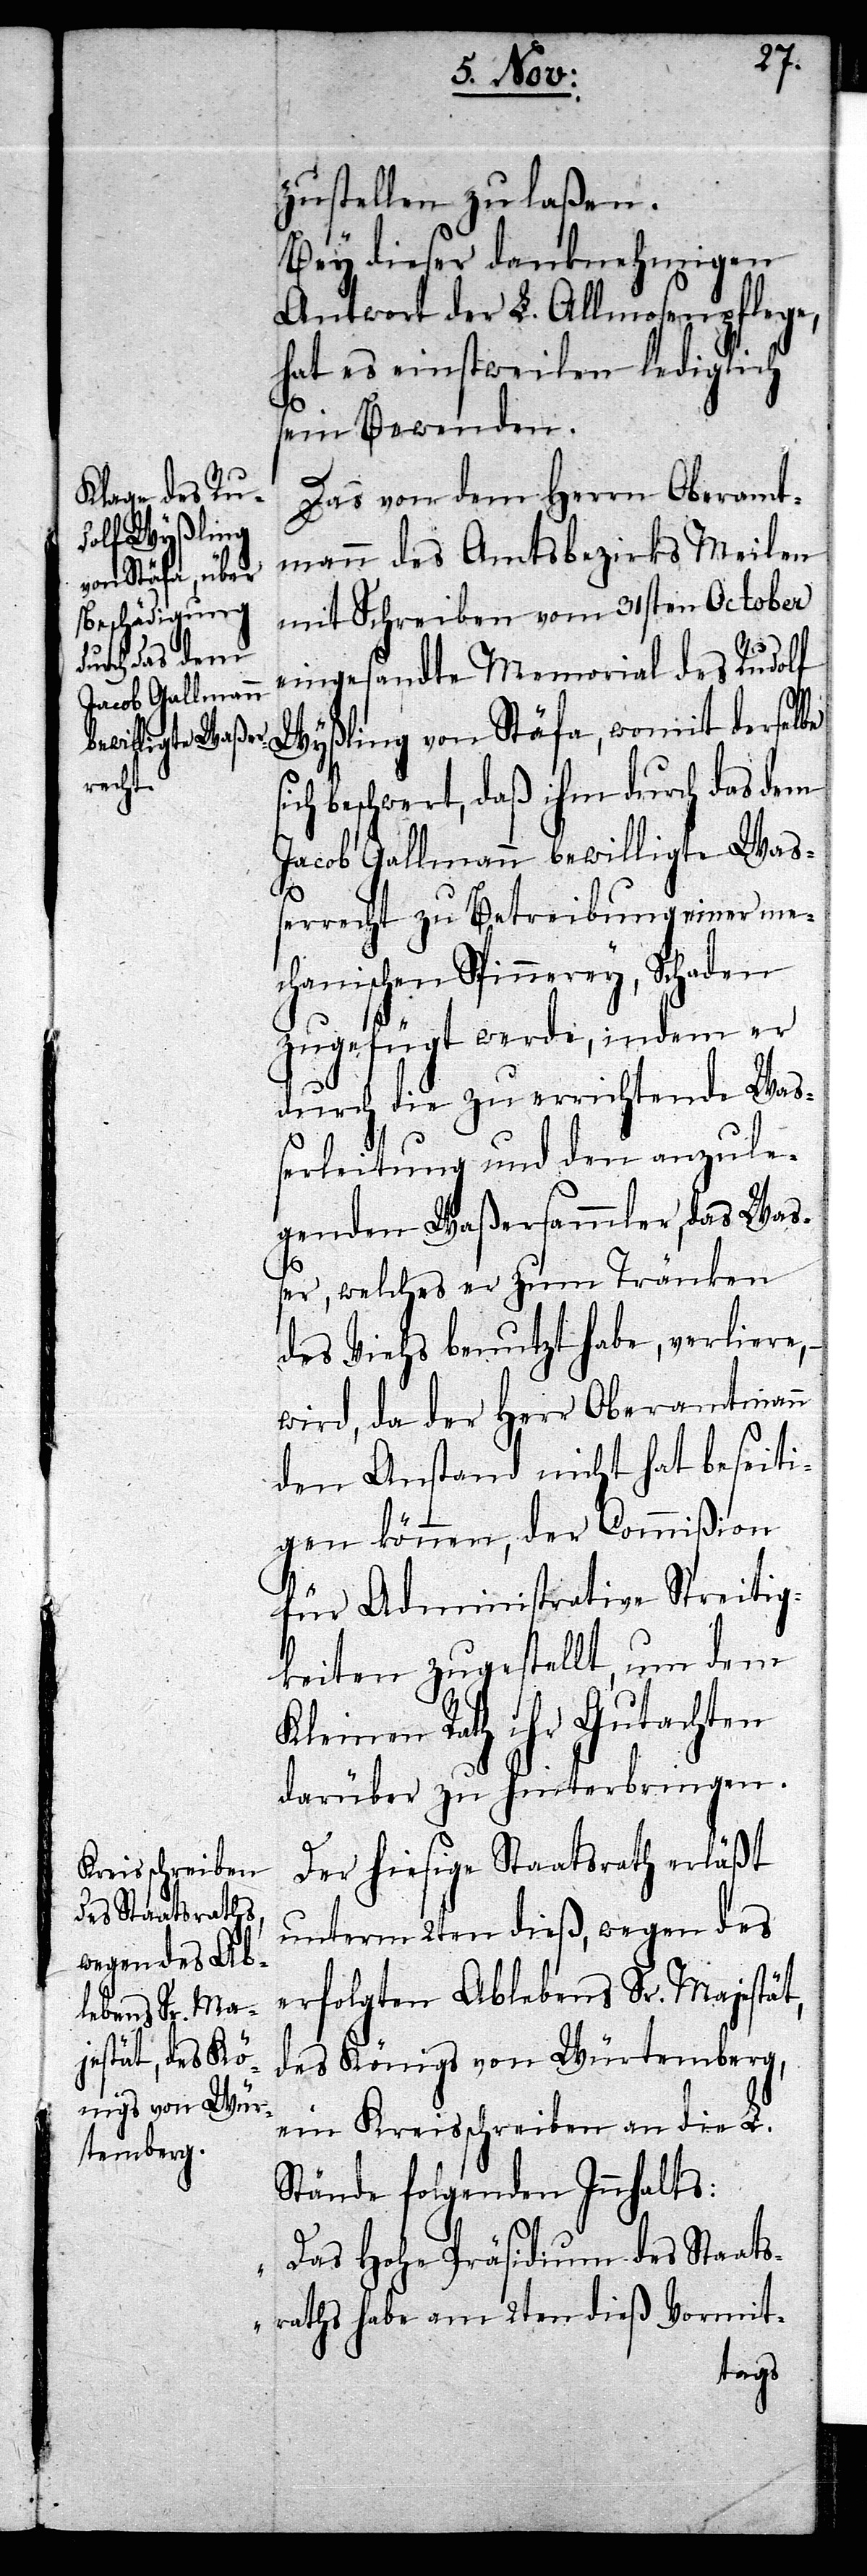
zustellen zu laßen.
Bey dieser danknehmigen
Antwort der L. Allmosenpflege,
hat es einstweilen lediglich
sein Bewenden.
Das von dem Herrn Oberamt¬
mann des Amtsbezirks Meilen
mit Schreiben vom 31sten October
si¬
eingesandte Memorial des Rudolf
Wyßling von Stäfa, womit derselbe
ch beschwert, daß ihm durch das dem
Jacob Gallmann bewilligte Waß¬
errecht zu Betreibung einer me¬
chanischen Spinnerey, Schaden
zugefügt werde, indem er
durch die zu errichtende Wa¬
ßerleitung und den anzule¬
genden Waßersammler, das Waß¬
er, welches er zum Tränken
des Viehs benutzt habe, verliere, –
wird, da der Herr Oberamtmann
den Anstand nicht hat beseiti¬
gen können, der Commißion
für Administrative Streitig¬
keiten zugestellt, um dem
Kleinen Rath ihr Gutachten
darüber zu hinterbringen.
Der hiesige Staatsrath erläßt
unterm 2ten dieß, wegen des
erfolgten Ablebens Sr. Majestät,
des Königs von Würtemberg,
ein Kreisschreiben an die L.
Stände folgenden Innhalts:
„Das Hohe Präsidium des Staats¬
raths habe am 2ten dieß Vormit-